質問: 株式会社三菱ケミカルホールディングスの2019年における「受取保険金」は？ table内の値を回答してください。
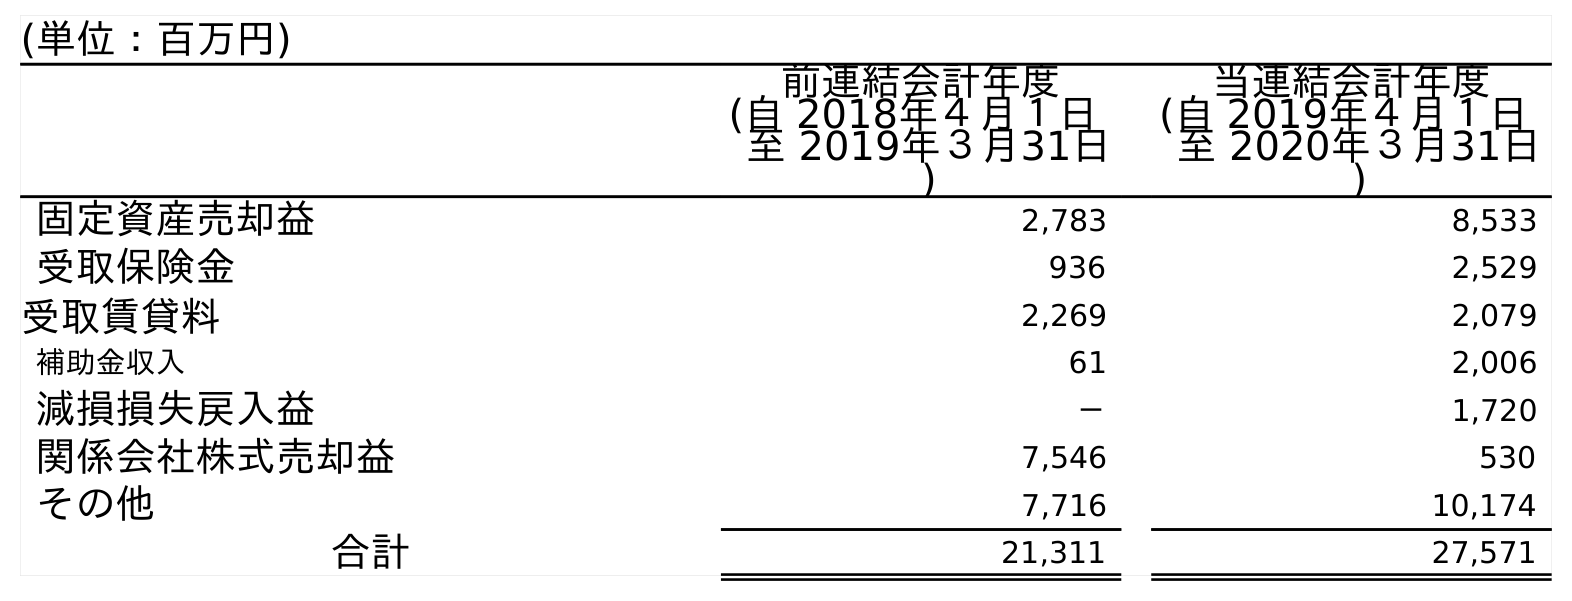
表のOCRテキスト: (単位：百万円) 前連結会計年度 (自 2018年４月１日 至 2019年３月31日 ) 当連結会計年度 (自 2019年４月１日 至 2020年３月31日 ) 固定資産売却益 2,783 8,533 受取保険金 936 2,529 受取賃貸料 2,269 2,079 補助金収入 61 2,006 減損損失戻入益 － 1,720 関係会社株式売却益 7,546 530 その他 7,716 10,174 合計 21,311 27,571
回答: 936